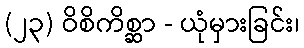
(၂၃) ဝိစိကိစ္ဆာ - ယုံမှားခြင်း၊